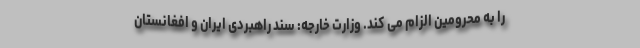
را به محرومین الزام می کند. وزارت خارجه: سند راهبردی ایران و افغانستان